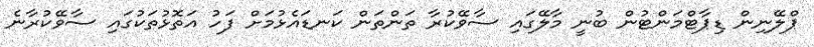
ޕްލޭނިން ޑިޕާޓްމަންޓުން ބުނީ މާލޭގައި ސާވޭކުރާ ތަންތަން ކަނޑައެޅުމަށް ފަހު އަތޮޅުތަކުގައި ސާވޭކުރާނެ